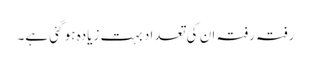
رفتہ رفتہ ان کی تعداد بہت زیادہ ہو گئی ہے۔